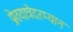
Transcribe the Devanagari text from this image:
प्रेतयात्रेदरम्यान